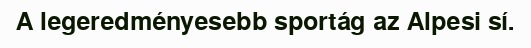
A legeredményesebb sportág az Alpesi sí.